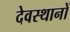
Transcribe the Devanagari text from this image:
देवस्‍थानों